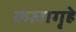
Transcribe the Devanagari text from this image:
कलागृहे